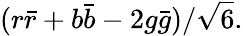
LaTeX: (r{\bar{r}}+b{\bar{b}}-2g{\bar{g}})/{\sqrt{6}}.